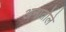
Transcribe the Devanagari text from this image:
अनातोले